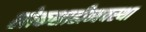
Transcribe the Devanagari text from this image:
लोकशाहीव्यवस्था